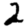
Digit: 2